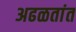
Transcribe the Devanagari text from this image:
अढळतांत